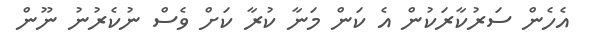
އެހެން ސަރުކާރަކުން އެ ކަން މަނާ ކުރާ ކަށް ވެސް ނުކެރުނު ނޫން